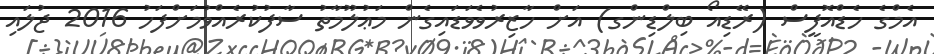
އެމްގެ ހެޑްއޮފީސް (ރޭޑިއޯ ބިލްޑިންގ) އަށް ހާޒިރުވެވަޑައިގެން މަޢުލޫމާތު ސާފުކުރެއްވުމަށްފަހު 2016 ޖުލައި